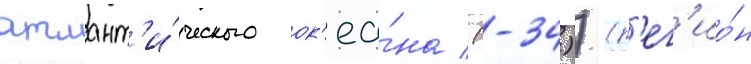
атлант'и́ческого ок'еа́на (-34)) (р'ег'ио́н